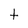
Character: t